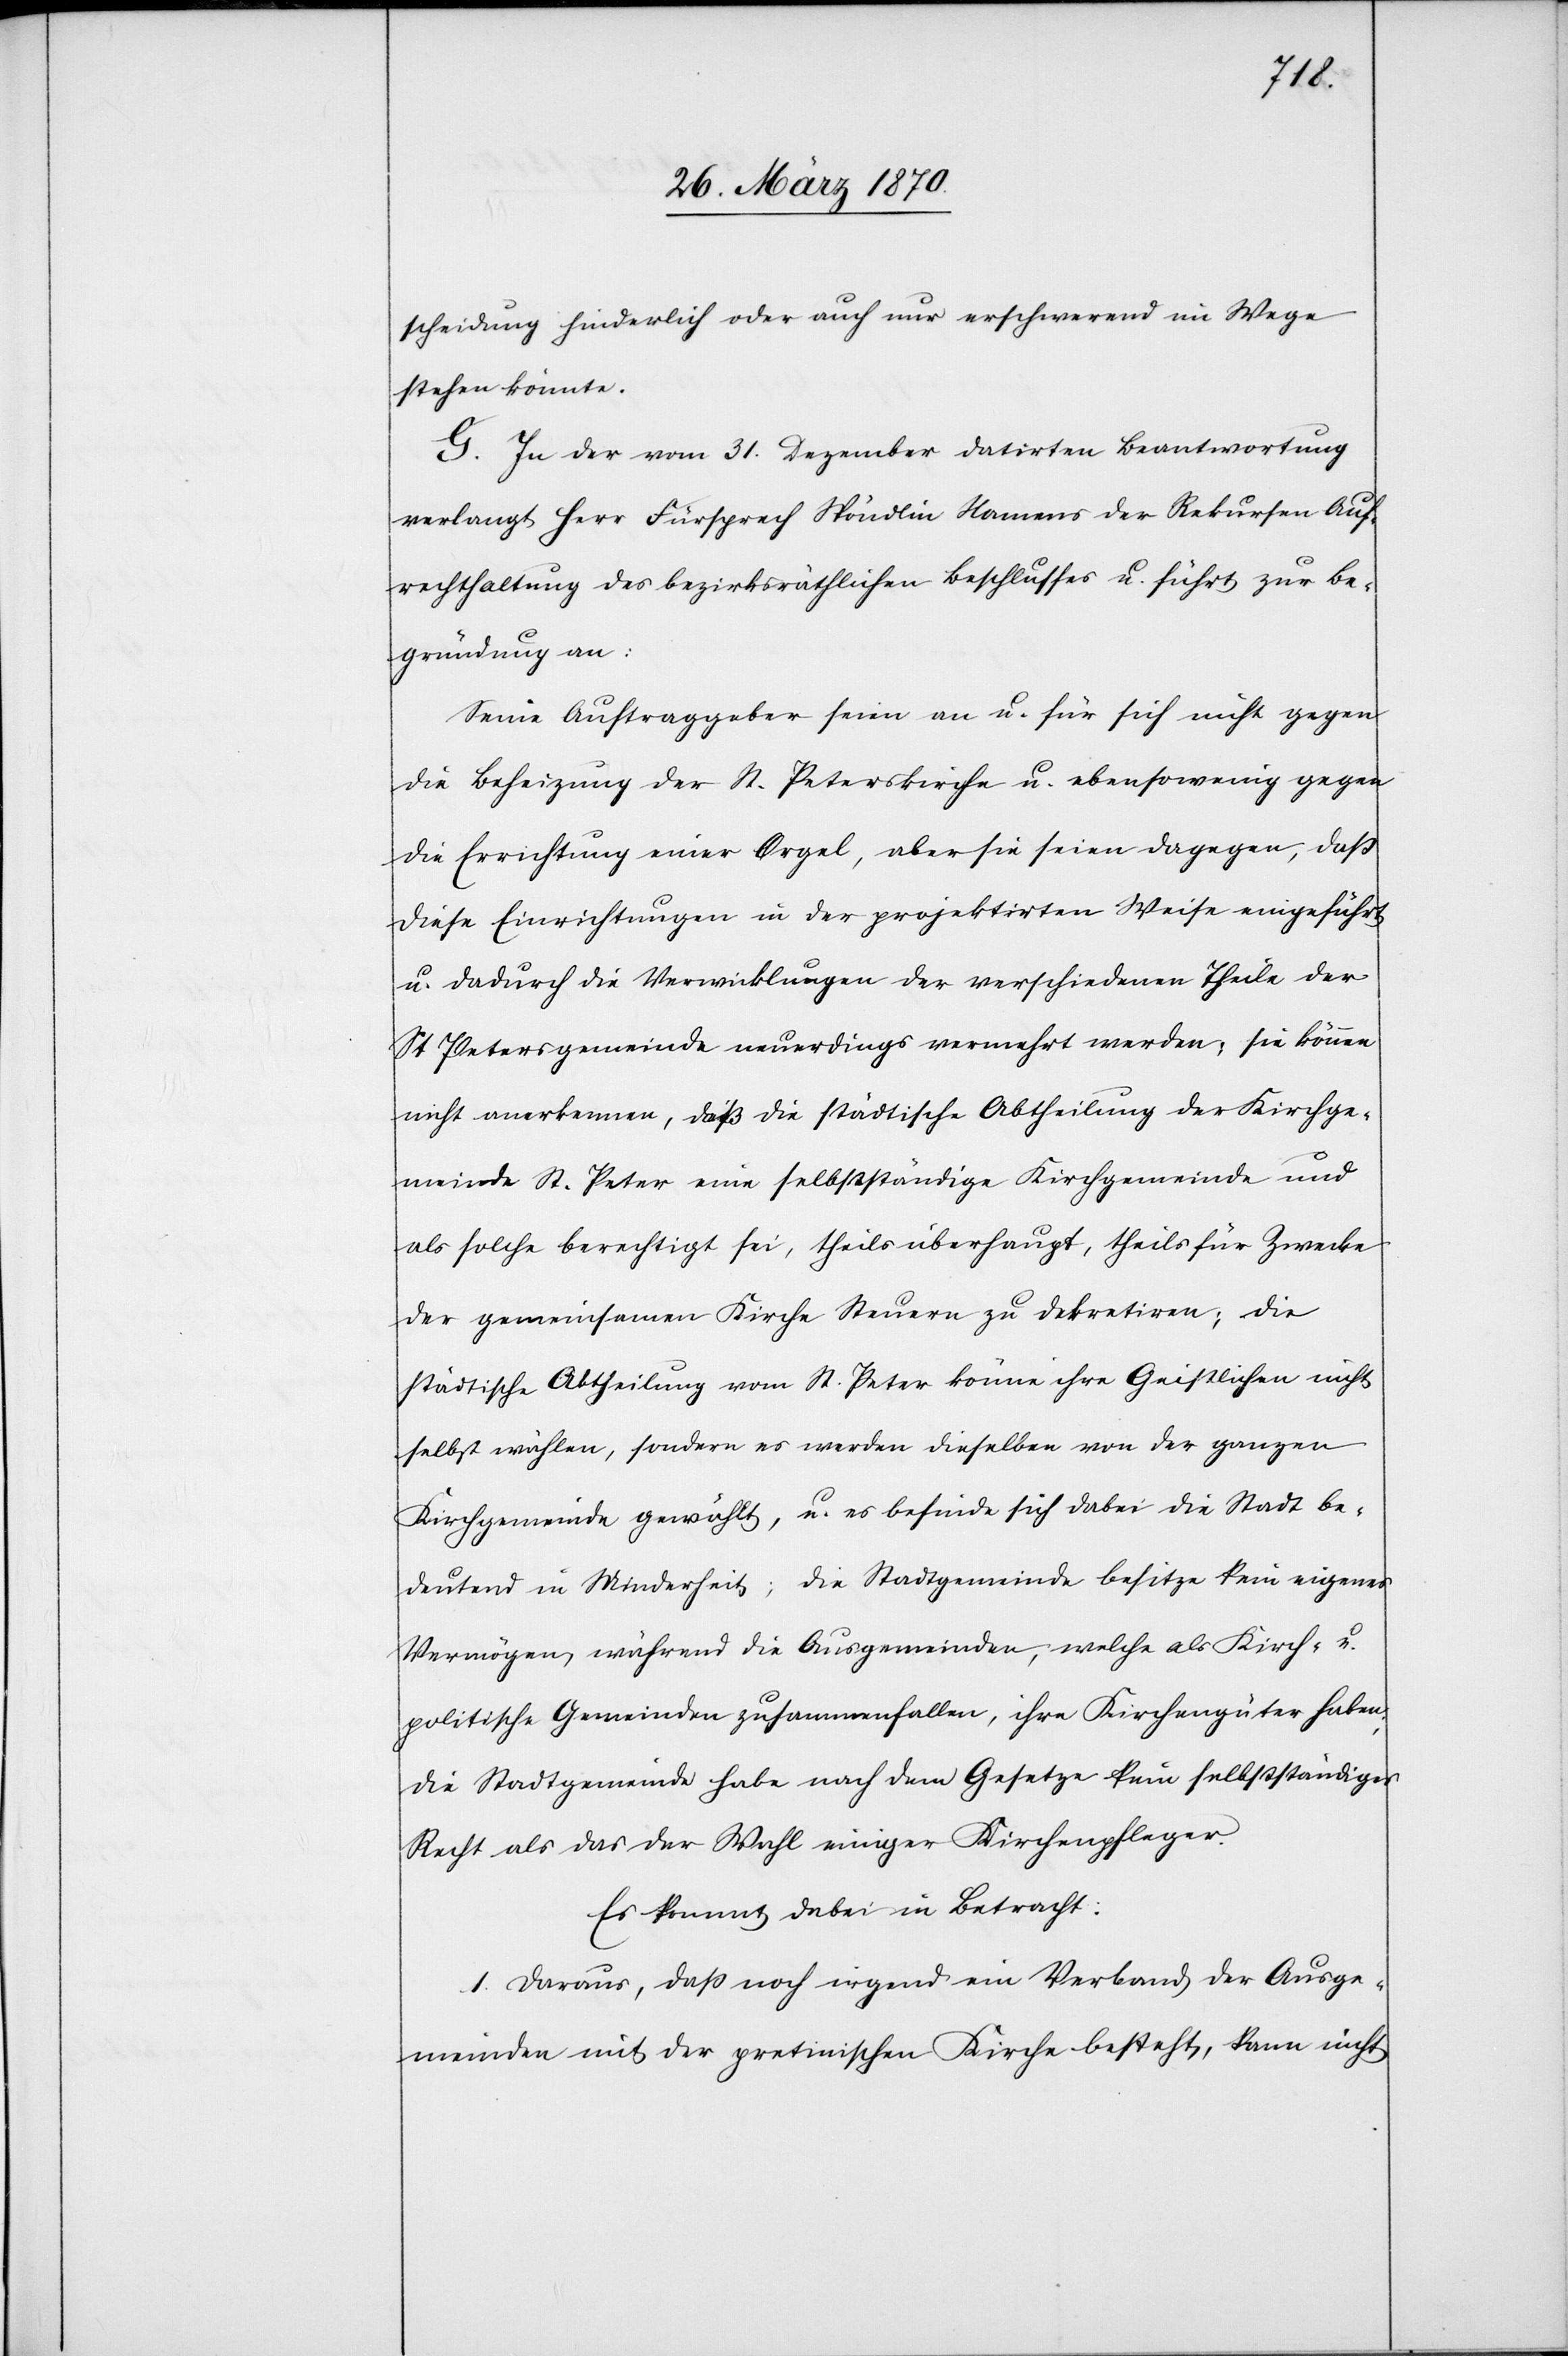
scheidung hinderlich oder auch nur erschwerend im Wege
stehen könnte.
G. In der vom 31. Dezember datirten Beantwortung
verlangt Herr Fürsprech Spöndlin Namens der Rekursen Auf¬
rechthaltung des bezirksräthlichen Beschlusses u. führt zur Be¬
gründung an:
Seine Auftraggeber seien an u. für sich nicht gegen
die Beheizung der St. Peterskirche u. ebensowenig gegen
die Errichtung einer Orgel, aber sie seien dagegen, daß
diese Einrichtungen in der projektirten Weise eingeführt
u. dadurch die Verwicklungen der verschiedenen Theile der
St Petersgemeinde neuerdings vermehrt werden; sie können
nicht anerkennen, daß die städtische Abtheilung der Kirchge¬
meinde St. Peter eine selbstständige Kirchgemeinde und
als solche berechtigt sei, theils überhaupt, theils für Zwecke
der gemeinsamen Kirche Steuern zu dekretiren; die
städtische Abtheilung vom St. Peter könne ihre Geistlichen nicht
kann nicht
selbst wählen, sondern es werden dieselben von der ganzen
Kirchgemeinde gewählt, u. es befinde sich dabei die Stadt be¬
deutend in der Minderheit; die Stadtgemeinde besitze kein eigenes
Vermögen, während die Ausgemeinden, welche als Kirch- u.
politische Gemeinden zusammenfallen, ihre Kirchengüter haben;
die Stadtgemeinde habe nach dem Gesetze kein selbstständiges
Recht als das der Wahl einiger Kirchenpfleger.
Es kommt dabei in Betracht:
1. Daraus, daß noch irgend ein Verband der Ausge¬